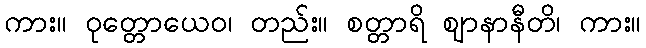
ကား။ ဝုတ္တောယေဝ၊ တည်း။ စတ္တာရိ ဈာနာနီတိ၊ ကား။